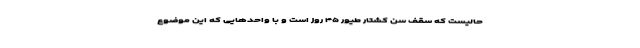
حالیست که سقف سن کشتار طیور ۴۵ روز است و با واحد‌هایی که این موضوع